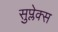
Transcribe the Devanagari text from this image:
सुप्लेक्स